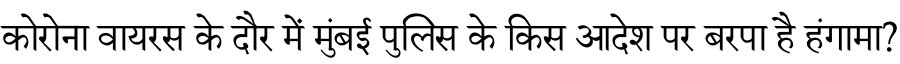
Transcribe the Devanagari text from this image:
कोरोना वायरस के दौर में मुंबई पुलिस के किस आदेश पर बरपा है हंगामा?